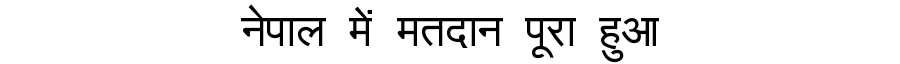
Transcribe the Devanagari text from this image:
नेपाल में मतदान पूरा हुआ